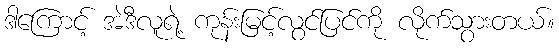
ဒါကြောင့် အဲဒီလူရဲ့ ကုန်းမြင့်လွင်ပြင်ကို လိုက်သွားတယ်။